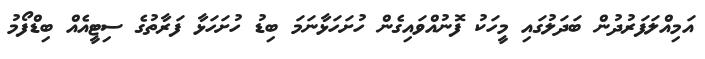
އަމިއްލަފަރުދުން ބަދަލުގައި މީހަކު ފޮނުއްވައިގެން ހުށަހަޅާނަމަ ބިޑު ހުށަހަޅާ ފަރާތުގެ ސިޓީއެއް ބިޑްފޯމު